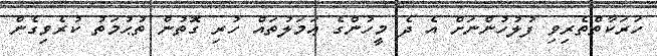
ހަރަކާތްތެރިވި ފުލުހުންނަށް އެ ދެ މީހުންގެ ޢަމަލުތައް ހުރި ގޮތުން ތުޙުމަތު ކުރެވިގެން